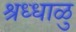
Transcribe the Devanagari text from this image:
श्रध्धाळु